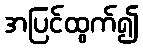
အပြင်ထွက်၍